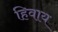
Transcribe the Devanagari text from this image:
हिवाय